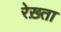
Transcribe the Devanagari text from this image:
रेख़्ता